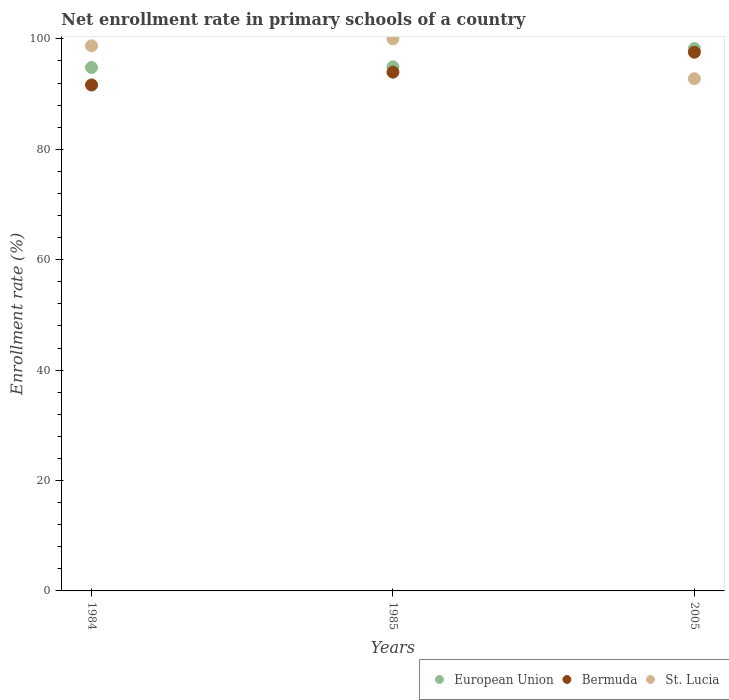
| Years | European Union | Bermuda | St. Lucia |
 | --- | --- | --- | --- |
 | 1984 | 94.8 | 91.6 | 98.7 |
 | 1985 | 94.9 | 94 | 100 |
 | 2005 | 98.2 | 97.6 | 92.8 |